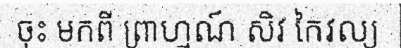
ចុះ មកពី ព្រាហ្មណ៍ សិវ កៃវល្យ